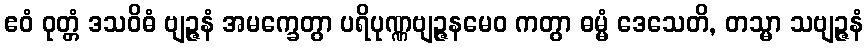
ဧဝံ ဝုတ္တံ ဒသဝိဓံ ဗျဉ္ဇနံ အမက္ခေတွာ ပရိပုဏ္ဏဗျဉ္ဇနမေဝ ကတွာ ဓမ္မံ ဒေသေတိ, တသ္မာ သဗျဉ္ဇနံ